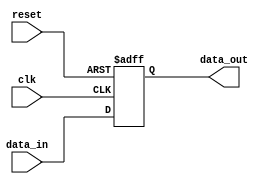
module io_buffer (
    input wire clk,
    input wire reset,
    input wire [7:0] data_in,
    output reg [7:0] data_out
);

reg [7:0] internal_buffer;

always @(posedge clk or posedge reset) begin
    if (reset) begin
        internal_buffer <= 8'b00000000;
    end else begin
        internal_buffer <= data_in;
    end
end

assign data_out = internal_buffer;

endmodule